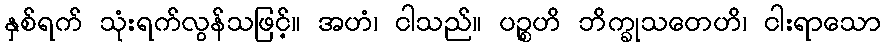
နှစ်ရက် သုံးရက်လွန်သဖြင့်။ အဟံ၊ ငါသည်။ ပဉ္စဟိ ဘိက္ခုသတေဟိ၊ ငါးရာသော